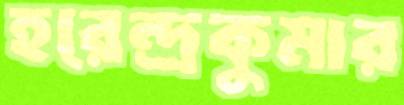
হরেন্দ্রকুমার